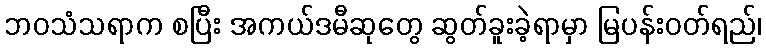
ဘဝသံသရာက စပြီး အကယ်ဒမီဆုတွေ ဆွတ်ခူးခဲ့ရာမှာ မြပန်းဝတ်ရည်၊